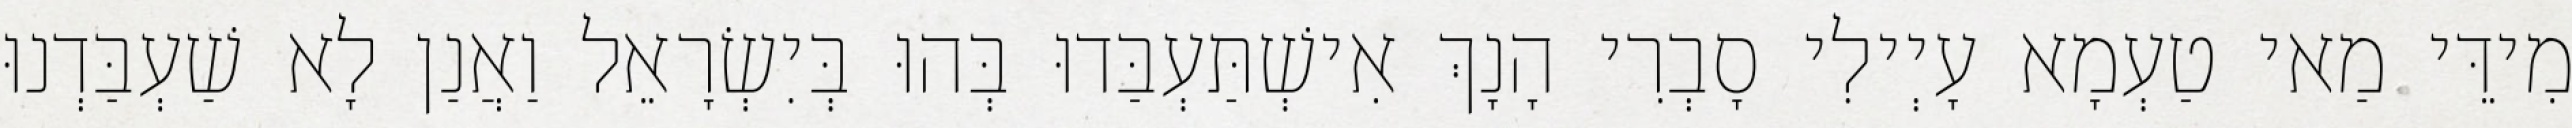
מִידֵּי מַאי טַעְמָא עָיְילִי סָבְרִי הָנָךְ אִישְׁתַּעְבַּדוּ בְּהוּ בְּיִשְׂרָאֵל וַאֲנַן לָא שַׁעְבַּדְנוּ